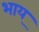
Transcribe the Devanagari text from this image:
भाय्